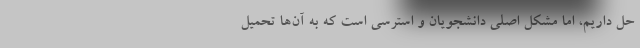
حل داریم، اما مشکل اصلی دانشجویان و استرسی است که به آن‌ها تحمیل